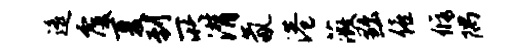
遥覆夏到所潸氤港薇黜僖修隅